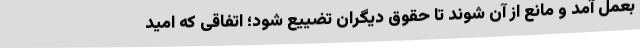
بعمل آمد و مانع از آن شوند تا حقوق دیگران تضییع شود؛ اتفاقی که امید